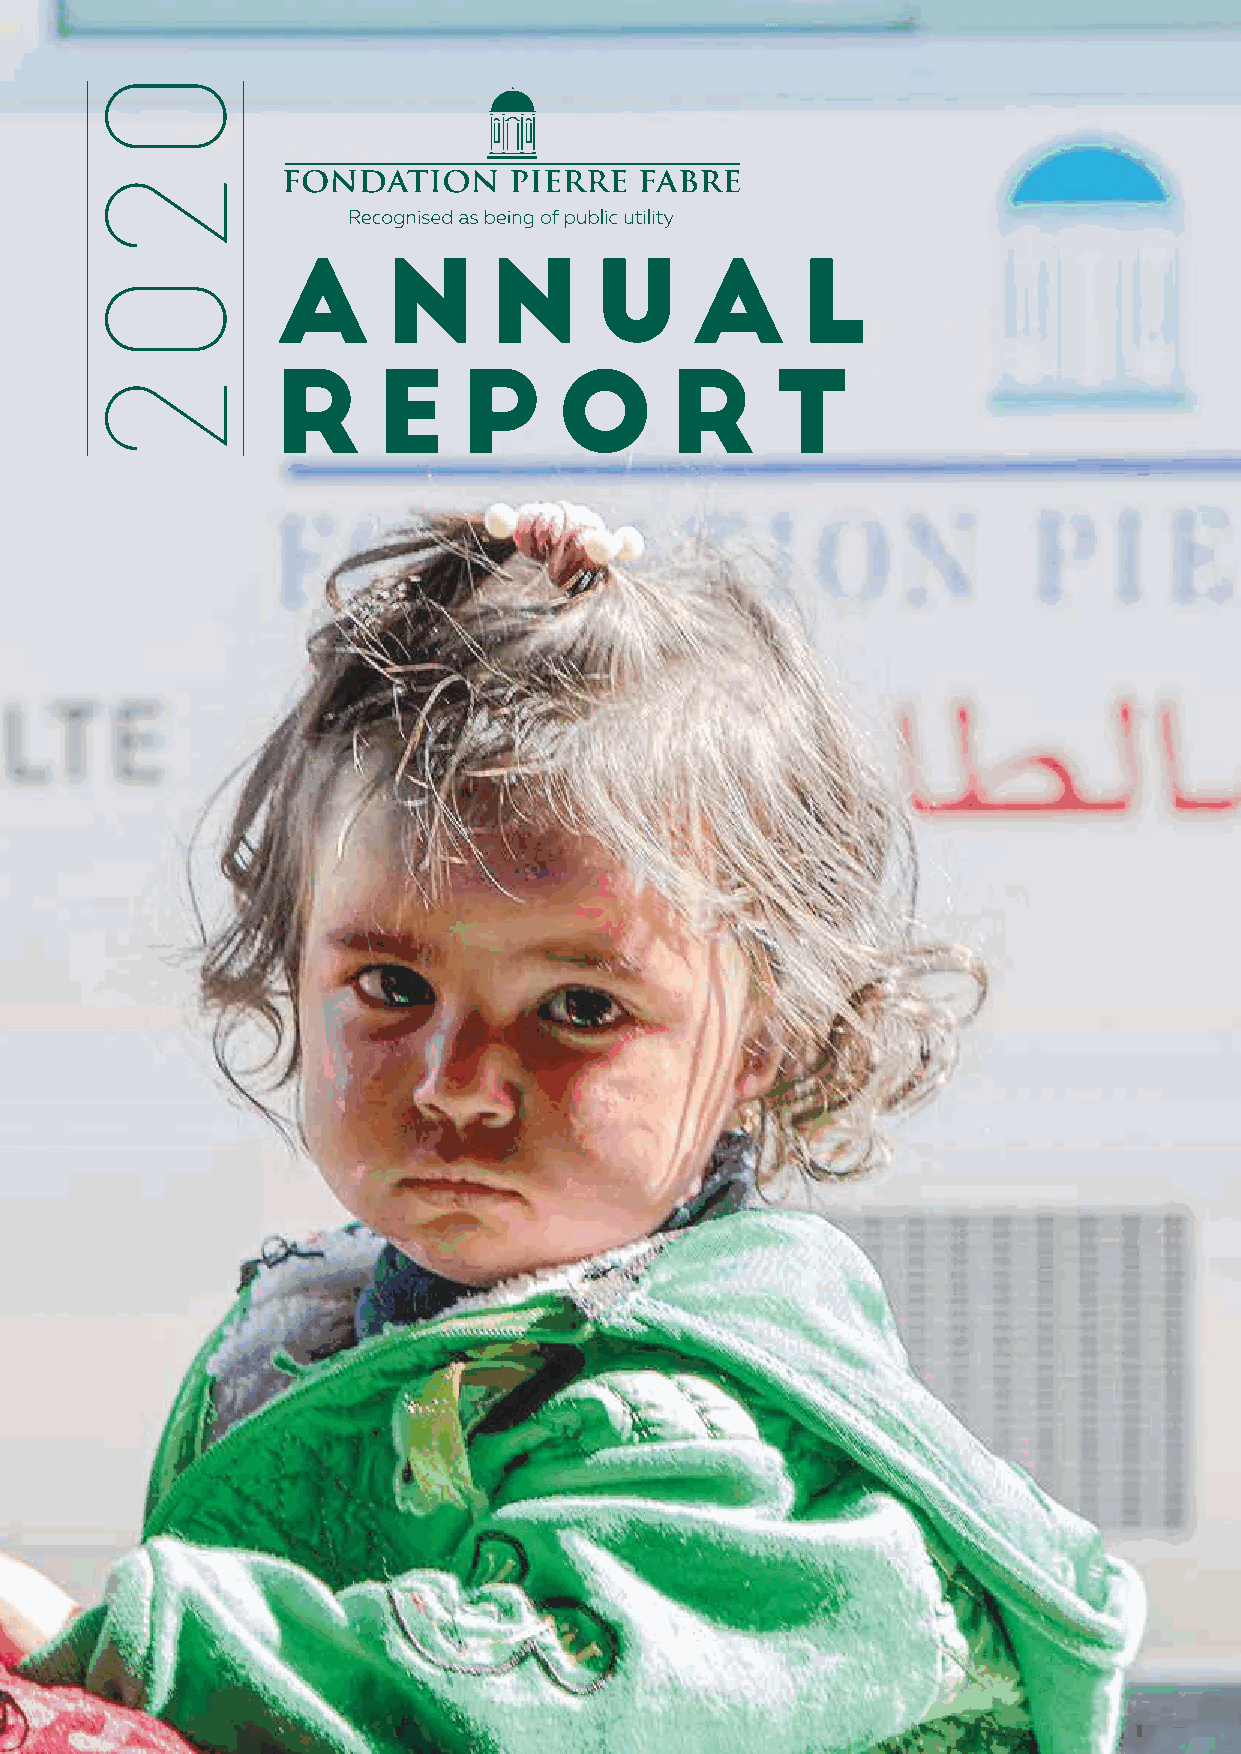
A       N     N      U      A      L
 R      E     P     O      R      T
 0
 2
 0
 2